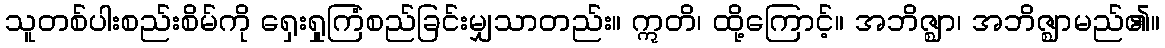
သူတစ်ပါးစည်းစိမ်ကို ရှေးရှုကြံစည်ခြင်းမျှသာတည်း။ ဣတိ၊ ထို့ကြောင့်။ အဘိဇ္ဈာ၊ အဘိဇ္ဈာမည်၏။